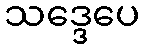
သဒ္ဒေပေ